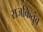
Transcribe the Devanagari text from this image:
राजकितुंब